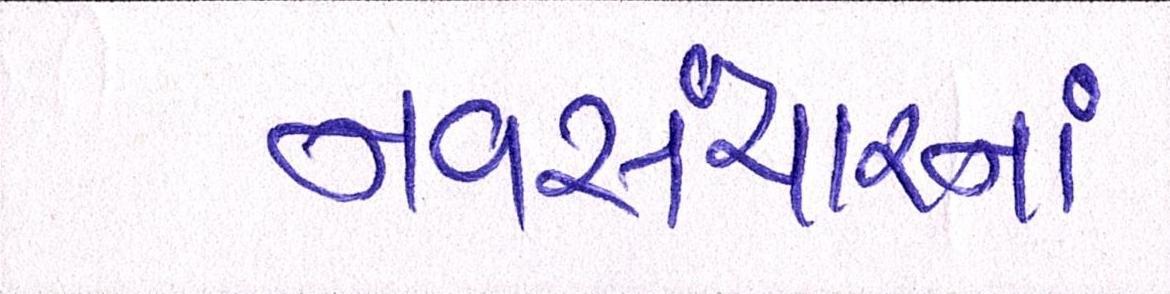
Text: નવસંચારનાં